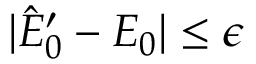
| \hat { E } _ { 0 } ^ { \prime } - E _ { 0 } | \leq \epsilon